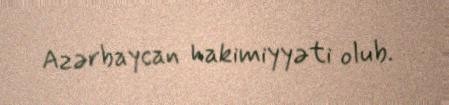
Azərbaycan hakimiyyəti olub.